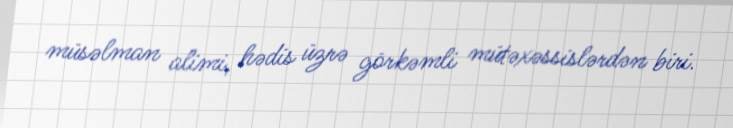
müsəlman alimi, hədis üzrə görkəmli mütəxəssislərdən biri.